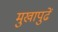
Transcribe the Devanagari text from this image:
मुखापुढें